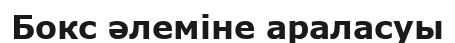
Бокс әлеміне араласуы